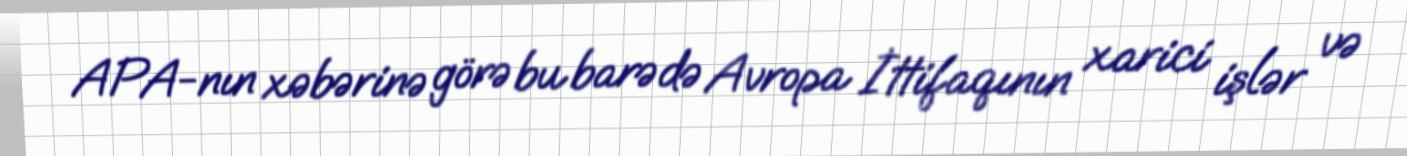
APA-nın xəbərinə görə bu barədə Avropa İttifaqının xarici işlər və